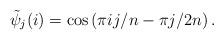
LaTeX: \begin{align*}\tilde\psi_j(i)= \cos\left(\pi ij/n-\pi j/2n\right).\end{align*}